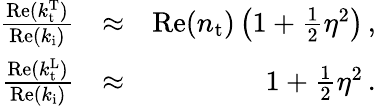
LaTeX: \begin{array}{rlr}{\frac{\mathrm{Re}(k_{\mathrm{t}}^{\mathrm{T}})}{\mathrm{Re}(k_{\mathrm{i}})}}&{\approx}&{\mathrm{Re}(n_{\mathrm{t}})\left(1+\frac{1}{2}\eta^{2}\right)\, ,}\\ {\frac{\mathrm{Re}(k_{\mathrm{t}}^{\mathrm{L}})}{\mathrm{Re}(k_{\mathrm{i}})}}&{\approx}&{1+\frac{1}{2}\eta^{2}\, .}\end{array}